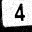
Digit: 4